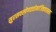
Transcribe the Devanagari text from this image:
सुरसवस्त्रेणततोमांजिष्ठवाससा